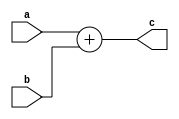
`timescale 1ns / 1ps
//////////////////////////////////////////////////////////////////////////////////
// Company: 
// Engineer: 
// 
// Design Name: 
// Module Name:    add32 
// Project Name: 
// Target Devices: 
// Tool versions: 
// Description: 
//
// Dependencies: 
//
// Revision: 
// Revision 0.01 - File Created
// Additional Comments: 
//
//////////////////////////////////////////////////////////////////////////////////
module add32(a, b, c
    );
	 input [31:0] a, b;
	 output [31:0] c;
	 
	 assign c=a+b;

endmodule